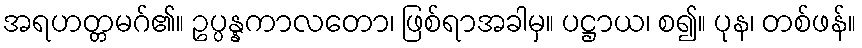
အရဟတ္တမဂ်၏။ ဥပ္ပန္နကာလတော၊ ဖြစ်ရာအခါမှ။ ပဋ္ဌာယ၊ စ၍။ ပုန၊ တစ်ဖန်။